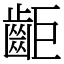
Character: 䶙